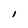
Character: I